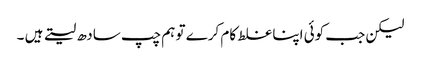
لیکن جب کوئی اپنا غلط کام کرے تو ہم چپ سادھ لیتے ہیں ۔